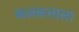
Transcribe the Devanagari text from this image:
कलकत्ताला